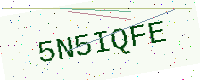
Text: 5N5IQFE